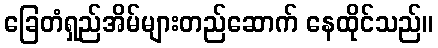
ခြေတံရှည်အိမ်များတည်ဆောက် နေထိုင်သည်။